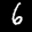
Label: 6